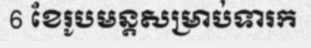
6 ខែរូបមន្តសម្រាប់ទារក